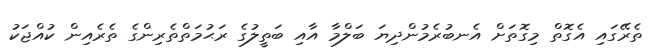
ތެރޭގައި އެގޮތް މިގޮތަށް އެނބުރެމުންދިޔަ ބަލްމާ އާއި ބަތީލުގެ ރަޙުމަތްތެރިންގެ ތެރެއިން ކުއްޖަކު